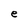
Character: e